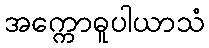
အက္ကောဓူပါယာသံ